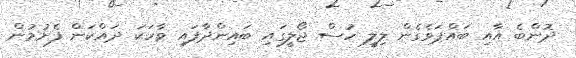
ދޮންބެ އާއި ބައްޕަވެގެން ލިލީ ހުސް ޖޯލީގައި ބައިންދާފައި ވާހަކަ ދައްކަން ފެށުމުން